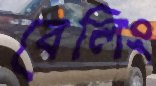
বেলিং